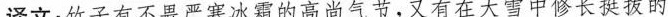
译文：竹子有不畏严寒冰霜的高尚气节，又有在大雪中修长挺拔的